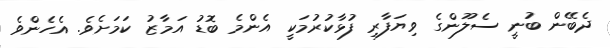
ދެބޭން ބުނީ ސެލޫންގެ ވިޔަފާރި ފުޅާކުރުމަކީ އެންމެ ބޮޑު އަމާޒު ކަމަށެވެ. އެހެންވެ